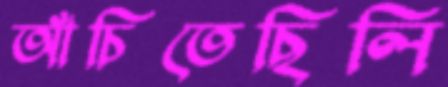
আঁচিতেছিলি